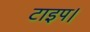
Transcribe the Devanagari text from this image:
टाइप।